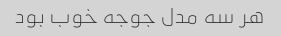
هر سه مدل جوجه خوب بود